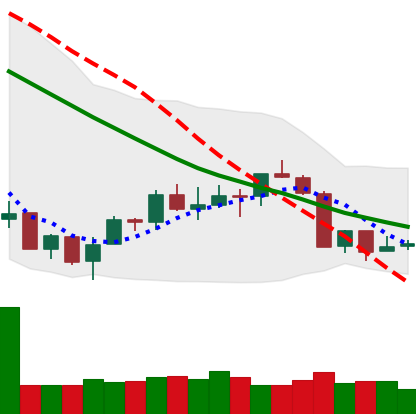
Ticker: ETH-USD
Chart end date: 2018-07-14
Forward return: 7.689%
Label: up_7plus